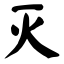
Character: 灭